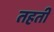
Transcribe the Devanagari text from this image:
तहती